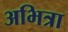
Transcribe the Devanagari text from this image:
अभित्रा